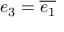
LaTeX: e _ { 3 } = { \overline { { e _ { 1 } } } }